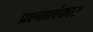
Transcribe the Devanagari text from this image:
प्रश्नालंकार